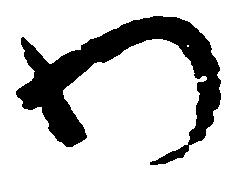
わ